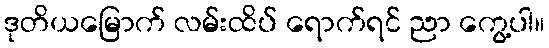
ဒုတိယမြောက် လမ်းထိပ် ရောက်ရင် ညာ ကွေ့ပါ။